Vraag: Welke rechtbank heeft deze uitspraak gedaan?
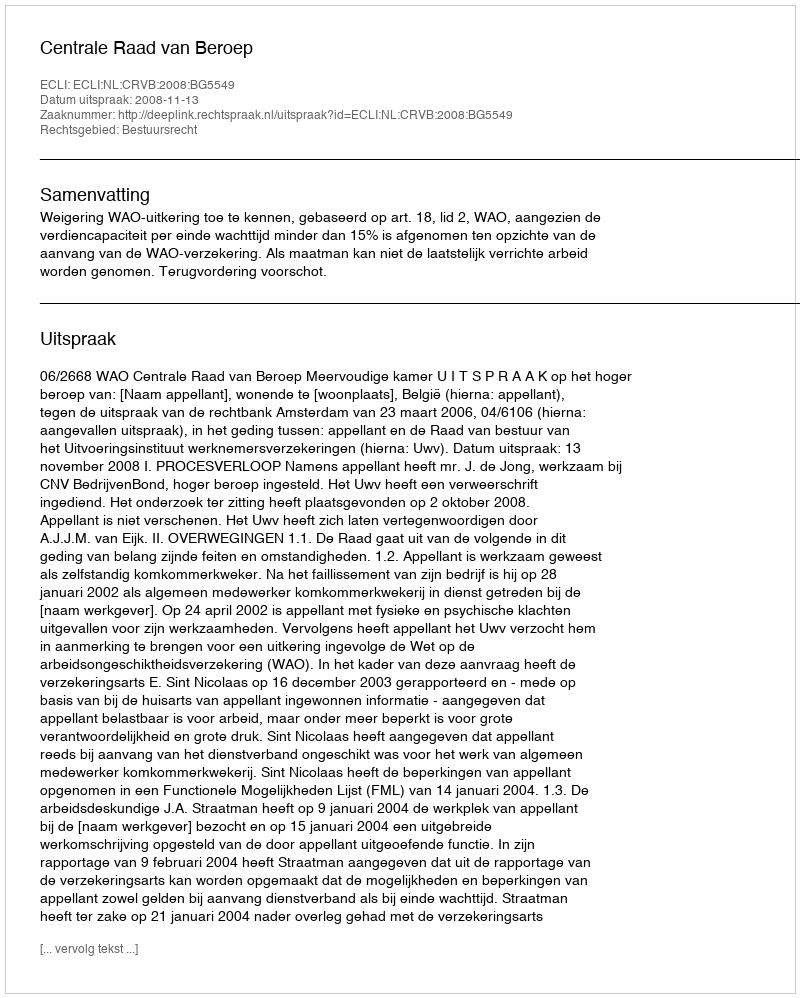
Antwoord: Centrale Raad van Beroep